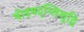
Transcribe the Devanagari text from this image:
षोड़षदृग्लिशुद्धि